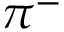
\pi ^ { - }